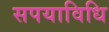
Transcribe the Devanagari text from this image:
सपयाविधि